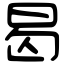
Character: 曷